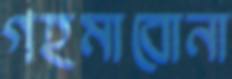
গহমাবোনা